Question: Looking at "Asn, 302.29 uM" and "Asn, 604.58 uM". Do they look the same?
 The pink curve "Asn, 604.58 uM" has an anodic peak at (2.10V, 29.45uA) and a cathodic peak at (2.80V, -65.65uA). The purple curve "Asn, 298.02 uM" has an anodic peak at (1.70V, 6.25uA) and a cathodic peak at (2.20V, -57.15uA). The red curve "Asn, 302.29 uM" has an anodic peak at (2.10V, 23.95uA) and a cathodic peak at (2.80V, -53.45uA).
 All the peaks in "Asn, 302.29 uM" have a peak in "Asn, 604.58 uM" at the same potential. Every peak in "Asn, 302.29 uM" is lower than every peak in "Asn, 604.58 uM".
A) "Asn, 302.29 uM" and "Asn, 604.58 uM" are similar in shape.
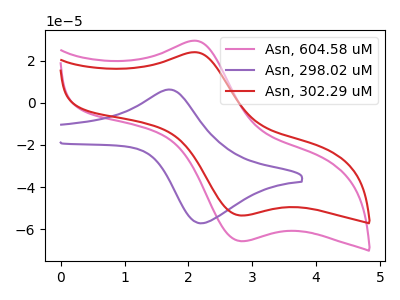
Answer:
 <answer>A) "Asn, 302.29 uM" and "Asn, 604.58 uM" are similar in shape.</answer>
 <eval>A</eval>